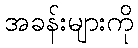
အခန်းများကို